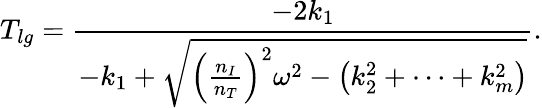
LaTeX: T_{lg}={\frac{-2k_{1}}{-k_{1}+\sqrt{\left({\frac{n_{I}}{n_{T}}}\right)^{2}\omega^{2}-\left(k_{2}^{2}+\cdots+k_{m}^{2}\right)}}}.